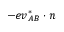
- e { \boldsymbol { v } } _ { A B } ^ { * } \cdot { \boldsymbol { n } }